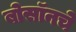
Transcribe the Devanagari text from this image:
बोसॉनचे